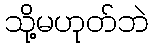
သို့မဟုတ်ဘဲ